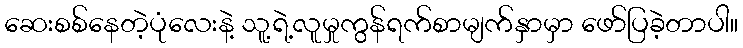
ဆေးစစ်နေတဲ့ပုံလေးနဲ့ သူ့ရဲ့လူမှုကွန်ရက်စာမျက်နှာမှာ ဖော်ပြခဲ့တာပါ။